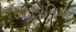
ઈશોપનિષદ